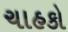
ચાહકો